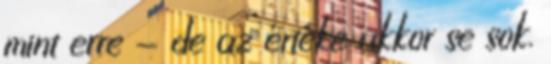
mint erre - de az értéke akkor se sok.